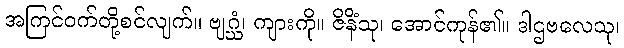
အကြင်ဝက်တို့စင်လျက်။ ဗျဂ္ဃံ၊ ကျားကို။ ဇိနိံသု၊ အောင်ကုန်၏။ ဒါဌဗလေသု၊